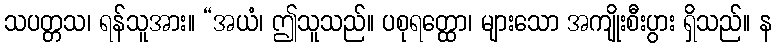
သပတ္တသ၊ ရန်သူအား။ “အယံ၊ ဤသူသည်။ ပစုရတ္ထော၊ များသော အကျိုးစီးပွား ရှိသည်။ န